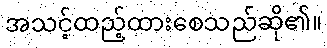
အသင့်ထည့်ထားစေသည်ဆို၏။